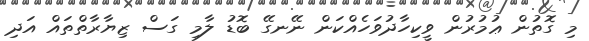
މި ގޮތުން ޢުމުރުން ވީކިހާދުވަހެއްކަން ނޭނގޭ ބޮޑު ލާމި ގަސް ޒިޔާރާތްތައް އަދި